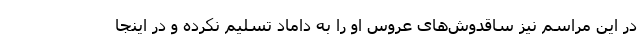
در این مراسم نیز ساقدوش‌های عروس او را به داماد تسلیم نکرده و در اینجا